Vaccination in Bombay 1924-1928 - 1924-1928
Year: 1924
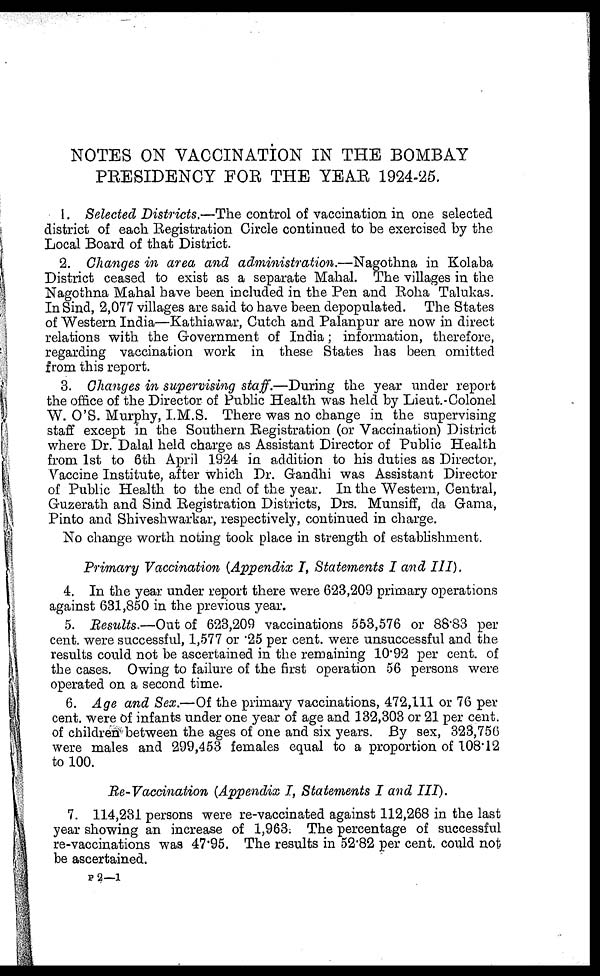
NOTES ON VACCINATION IN THE BOMBAY
PRESIDENCY FOR THE YEAR 1924-25.
1. Selected Districts.—The control of vaccination in one selected
district of each Registration Circle continued to be exercised by the
Local Board of that District.
2. Changes in area and administration.—Nagothna in Kolaba
District ceased to exist as a separate Mahal. The villages in the
Nagothna Mahal have been included in the Pen and Roha Talukas.
In Sind, 2,077 villages are said to have been depopulated. The States
of Western India—Kathiawar, Cutch and Palanpur are now in direct
relations with the Government of India; information, therefore,
regarding vaccination work in these States has been omitted
from this report.
3. Changes in supervising staff.—During the year under report
the office of the Director of Public Health was held by Lieut.-Colonel
W. O'S. Murphy, I.M.S. There was no change in the supervising
staff except in the Southern Registration (or Vaccination) District
where Dr. Dalal held charge as Assistant Director of Public Health
from 1st to 6th April 1924 in addition to his duties as Director,
Vaccine Institute, after which Dr. Gandhi was Assistant Director
of Public Health to the end of the year. In the Western, Central,
Guzerath and Sind Registration Districts, Drs. Munsiff, da Gama,
Pinto and Shiveshwarkar, respectively, continued in charge.
No change worth noting took place in strength of establishment.
Primary Vaccination (Appendix I, Statements I and III).
4. In the year under report there were 623,209 primary operations
against 631,850 in the previous year.
5. Results.—Out of 623,209 vaccinations 553,576 or 88.83 per
cent. were successful, 1,577 or .25 per cent. were unsuccessful and the
results could not be ascertained in the remaining 10.92 per cent. of
the cases. Owing to failure of the first operation 56 persons were
operated on a second time.
6. Age and Sex.—Of the primary vaccinations, 472,111 or 76 per
cent. were of infants under one year of age and 132,303 or 21 per cent.
of children between the ages of one and six years. By sex, 323,756
were males and 299,453 females equal to a proportion of 108.12
to 100.
Re-Vaccination (Appendix I, Statements I and III).
7. 114,231 persons were re-vaccinated against 112,268 in the last
year showing an increase of 1,963. The percentage of successful
re-vaccinations was 47.95. The results in 52.82 per cent. could not
be ascertained.
P 2—1